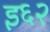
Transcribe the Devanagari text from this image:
इ६२